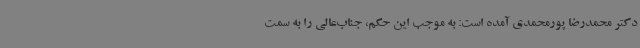
دکتر محمدرضا پورمحمدی آمده است: به موجب این حکم، جناب‌عالی را به سمت